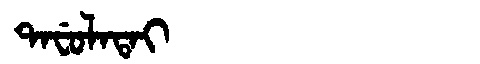
Manchu: ᡨᠠᠸᡠᠯᠠᡨᠠᡳ
Romanization: TAFULATAI